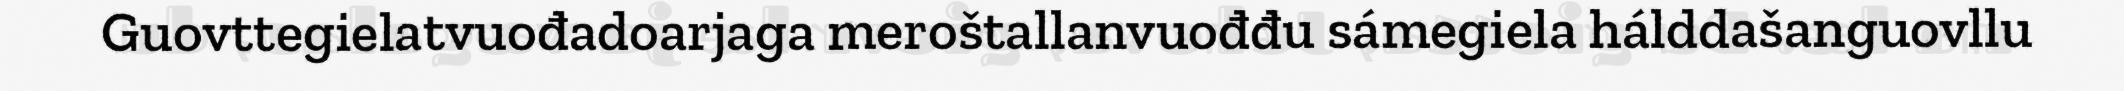
Guovttegielatvuođadoarjaga meroštallanvuođđu sámegiela hálddašanguovllu